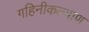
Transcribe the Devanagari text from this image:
गहिनीकल्याण